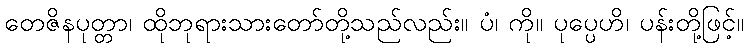
တေဇိနပုတ္တာ၊ ထိုဘုရားသားတော်တို့သည်လည်း။ ပံ၊ ကို။ ပုပ္ပေဟိ၊ ပန်းတို့ဖြင့်။